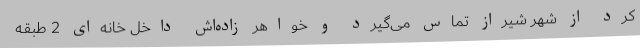
کرد از شهر شیراز تماس می‌گیرد و خواهر زاده‌اش داخل خانه‌ای 2 طبقه